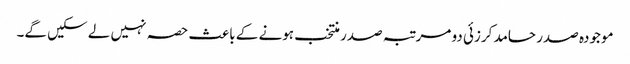
موجودہ صدر حامد کرزئی دو مرتبہ صدر منتخب ہونے کے باعث حصہ نہیں لے سکیں گے۔